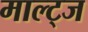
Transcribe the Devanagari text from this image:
माल्ट्ज